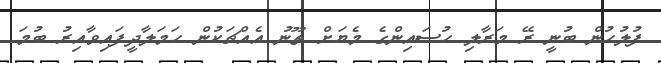
ފުލުހުން ބުނީ ރޭ މަރާލި ހުސައިންގެ މެޔަށް ތޫނު އެއްޗަކުން ހަމަލާދީފައިވާއިރު ބުމަ